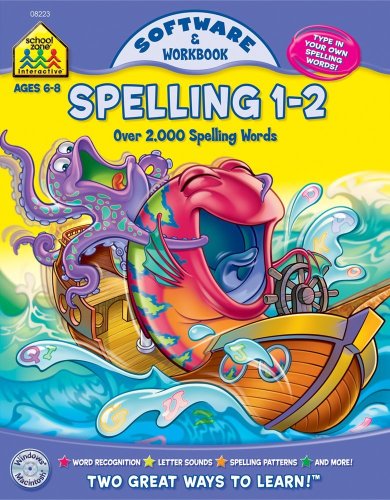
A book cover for Spelling 1 - 2: Over 2,000 Spelling Words; Arlene Henkel; Children's Books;